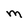
Character: M